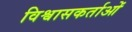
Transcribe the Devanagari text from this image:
विश्वासकर्ताओं